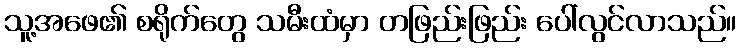
သူ့အဖေ၏ စရိုက်တွေ သမီးထံမှာ တဖြည်းဖြည်း ပေါ်လွင်လာသည်။